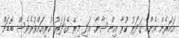
އަހަރެން އެންމެ ޤަދަރު ކުރާ އިންސާނާ. އަދި މިރޭ އެޤަދަރު ކުރިއަށްވުރެވެސް ބޮޑަށް